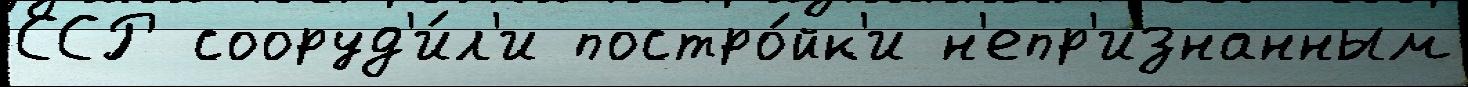
ССР сооруд'и́л'и постро́йк'и н'епр'изнанным